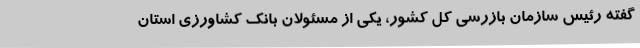
گفته رئیس سازمان بازرسی کل کشور، یکی از مسئولان بانک کشاورزی استان